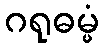
ဂရုဓမ္မံ